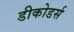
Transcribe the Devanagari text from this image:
डीकोडर्स